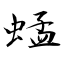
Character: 蜢